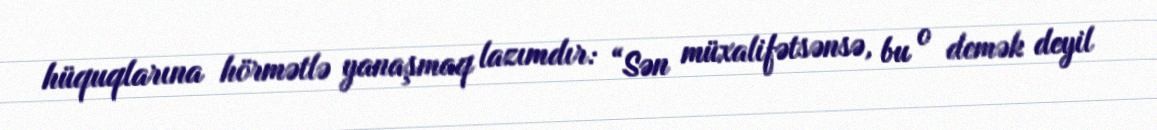
hüquqlarına hörmətlə yanaşmaq lazımdır: “Sən müxalifətsənsə, bu o demək deyil